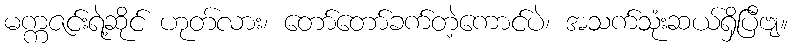
မက္ကဇင်းရဲ့ဆိုင် ဟုတ်လား၊ တော်တော်ခက်တဲ့ကောင်ပဲ၊ အသက်သုံးဆယ်ရှိပြီဗျ။